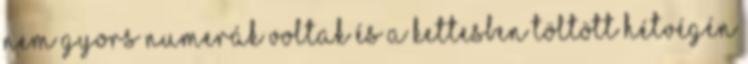
nem gyors numerák voltak és a kettesben töltött hétvégén